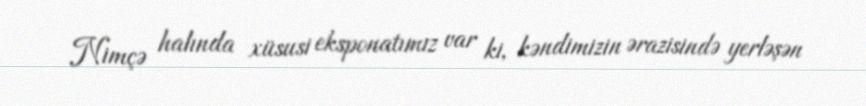
Nimçə halında xüsusi eksponatımız var ki, kəndimizin ərazisində yerləşən